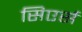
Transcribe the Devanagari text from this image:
सिएर्स